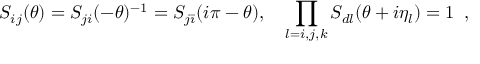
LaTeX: S _ { i j } ( \theta ) = S _ { j i } ( - \theta ) ^ { - 1 } = S _ { j \bar { \imath } } ( i \pi - \theta ) , \quad \prod _ { l = i , j , k } S _ { d l } ( \theta + i \eta _ { l } ) = 1 \, \, \, ,